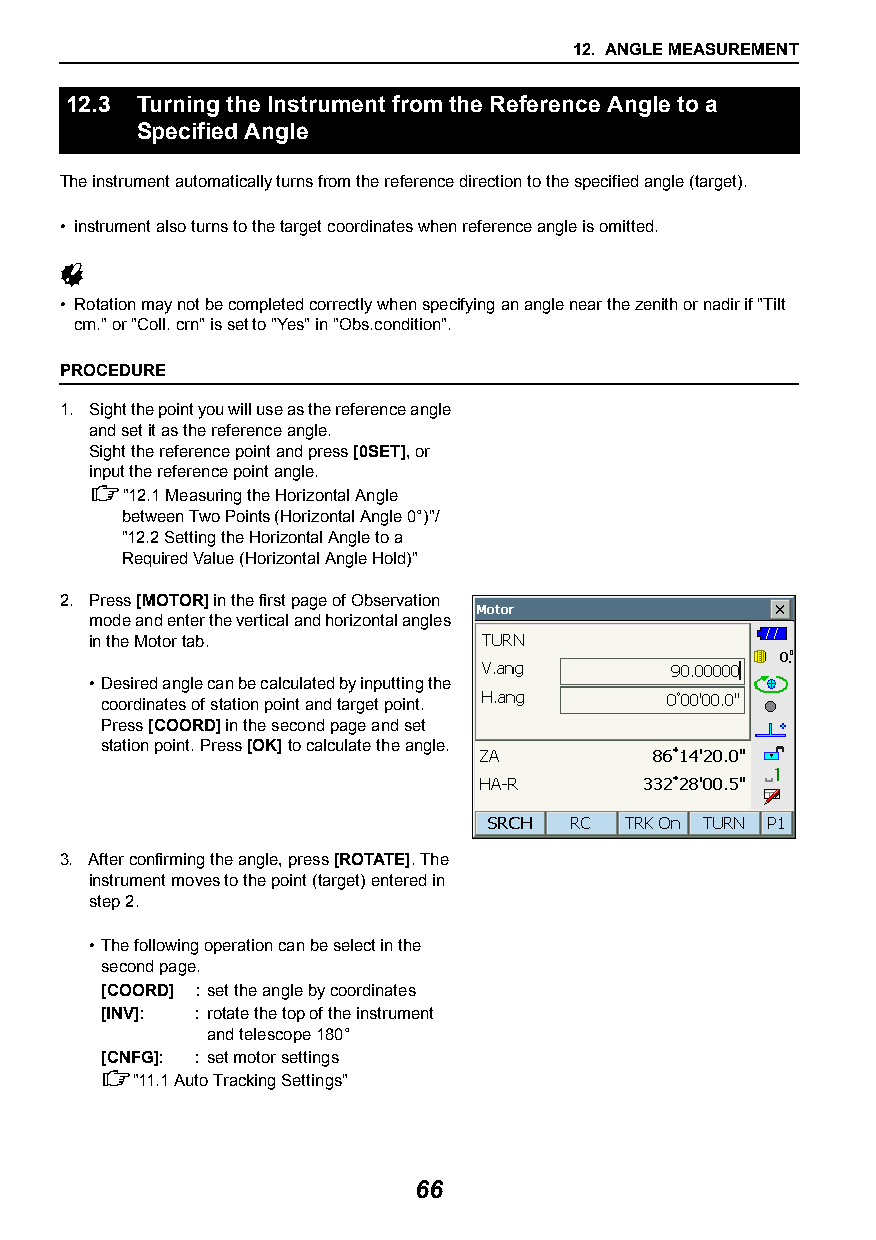
12. ANGLE MEASUREMENT
 12.3 Turning the Instrument from the Reference Angle to a
 Specified Angle
 The instrument automatically turns from the reference direction to the specified angle (target).
 • instrument also turns to the target coordinates when reference angle is omitted.
 
 • Rotation may not be completed correctly when specifying an angle near the zenith or nadir if "Tilt
 crn." or "Coll. crn" is set to "Yes" in "Obs.condition".
 PROCEDURE
 1. Sight the point you will use as the reference angle
 and set it as the reference angle.
 Sight the reference point and press [0SET], or
 input the reference point angle.
 "12.1Measuring the Horizontal Angle
 between Two Points (Horizontal Angle 0°)"/
 "12.2Setting the Horizontal Angle to a
 Required Value (Horizontal Angle Hold)"
 2. Press [MOTOR] in the first page of Observation
 mode and enter the vertical and horizontal angles
 in the Motor tab.
 •Desired angle can be calculated by inputting the
 coordinates of station point and target point.
 Press [COORD] in the second page and set
 station point. Press [OK] to calculate the angle.
 3. After confirming the angle, press [ROTATE]. The
 instrument moves to the point (target) entered in
 step 2.
 •The following operation can be select in the
 second page.
 [COORD] : set the angle by coordinates
 [INV]: : rotate the top of the instrument
 and telescope 180°
 [CNFG]: : set motor settings
 "11.1Auto Tracking Settings"
 66